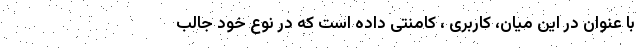
با عنوان در این میان، کاربری ، کامنتی داده است که در نوع خود جالب